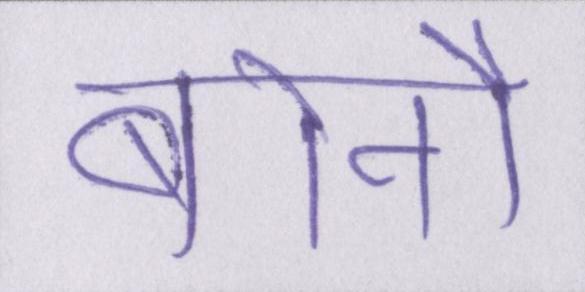
बोर्नो